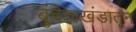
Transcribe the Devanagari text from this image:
बुंदेलखंडातून